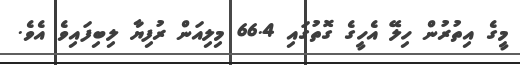
މީގެ އިތުރުން ހިލޭ އެހީގެ ގޮތުގައި 66.4 މިލިއަން ރުފިޔާ ލިބިފައިވެ އެވެ.